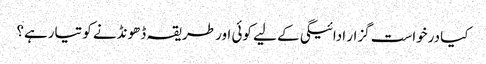
کیا درخواست گزار ادائیگی کے لیے کوئی اور طریقہ ڈھونڈنے کو تیارہے؟